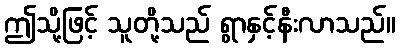
ဤသို့ဖြင့် သူတို့သည် ရွာနှင့်နီးလာသည်။